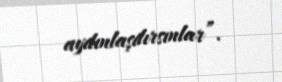
aydınlaşdırsınlar”.